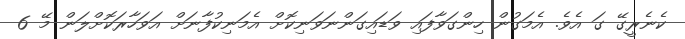
ކެނެރީގޭ ގަ އެވެ. އެމަގުން ހިންގަވާފައި ވަޑައިގަންނަވަނިކޮށް އެމަނިކުފާނަށް އަވަހާރަކޮށްލަން މޭ 6